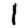
Digit: 1